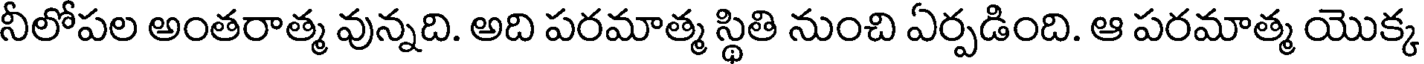
నీలోపల అంతరాత్మ వున్నది. అది పరమాత్మ స్థితి నుంచి ఏర్పడింది. ఆ పరమాత్మ యొక్క